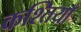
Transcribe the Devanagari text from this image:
कश्तियाँ